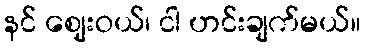
နင် ဈေးဝယ်၊ ငါ ဟင်းချက်မယ်။